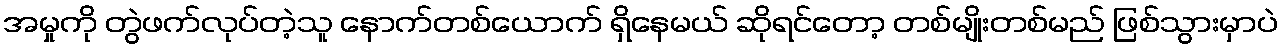
အမှုကို တွဲဖက်လုပ်တဲ့သူ နောက်တစ်ယောက် ရှိနေမယ် ဆိုရင်တော့ တစ်မျိုးတစ်မည် ဖြစ်သွားမှာပဲ